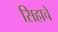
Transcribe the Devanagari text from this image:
सिहाचे